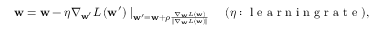
\mathbf { w } = \mathbf { w } - \eta \nabla _ { \mathbf { w } ^ { \prime } } L \left( \mathbf { w } ^ { \prime } \right) \mid _ { \mathbf { w } ^ { \prime } = \mathbf { w } + \rho \frac { \nabla _ { \mathbf { w } } L ( \mathbf { w } ) } { \left\| \nabla _ { \mathbf { w } } L ( \mathbf { w } ) \right\| } } \quad ( \eta : \textrm { l e a r n i n g r a t e } ) ,